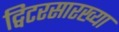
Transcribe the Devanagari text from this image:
ट्विटरसारख्या